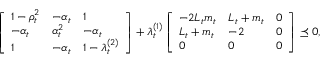
\begin{array} { r } { \left[ \begin{array} { l l l } { 1 - \rho _ { t } ^ { 2 } } & { - \alpha _ { t } } & { 1 } \\ { - \alpha _ { t } } & { \alpha _ { t } ^ { 2 } } & { - \alpha _ { t } } \\ { 1 } & { - \alpha _ { t } } & { 1 - \lambda _ { t } ^ { ( 2 ) } } \end{array} \right] + \lambda _ { t } ^ { ( 1 ) } \left[ \begin{array} { l l l } { - 2 L _ { t } m _ { t } } & { L _ { t } + m _ { t } } & { 0 } \\ { L _ { t } + m _ { t } } & { - 2 } & { 0 } \\ { 0 } & { 0 } & { 0 } \end{array} \right] \preceq 0 , } \end{array}